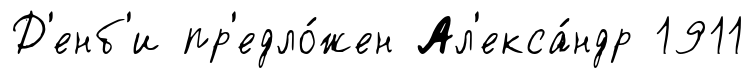
Д'енб'и пр'едло́жен Ал'екса́ндр 1911